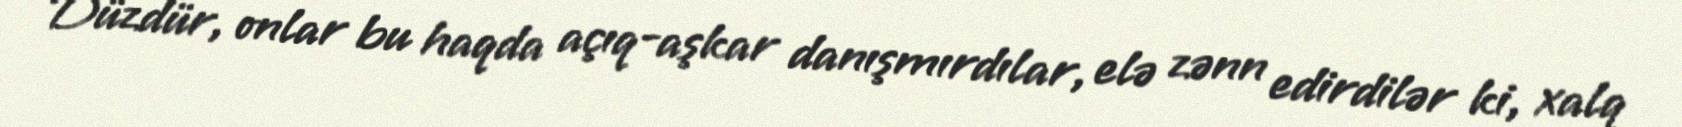
Düzdür, onlar bu haqda açıq-aşkar danışmırdılar, elə zənn edirdilər ki, xalq